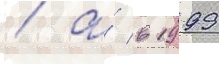
/ а́ в 1999